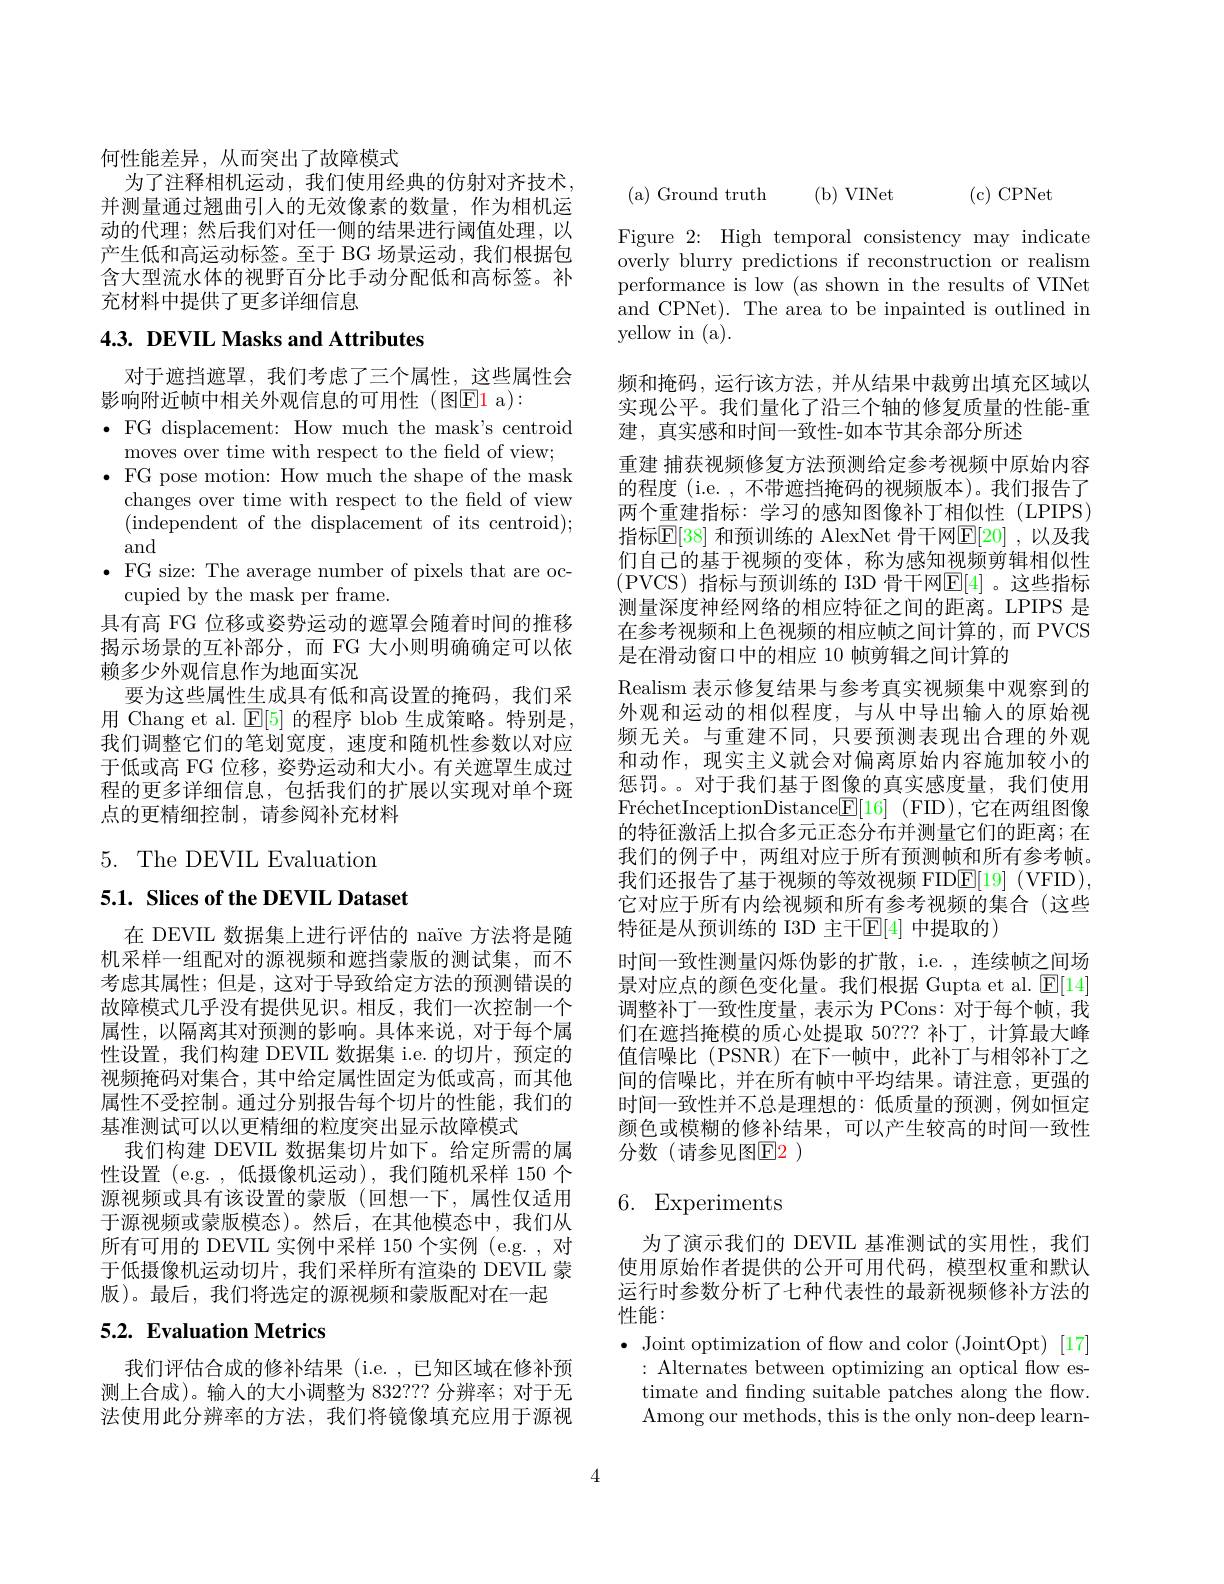
何性能差异，从而突出了故障模式
为了注释相机运动，我们使用经典的仿射对齐技术， 并测量通过翘曲引人的无效像素的数量，作为相机运动的代理；然后我们对任一侧的结果进行阈值处理，以产生低和高运动标签。至于 BG 场景运动，我们根据包含大型流水体的视野百分比手动分配低和高标签。补充材料中提供了更多详细信息

## 4.3. DEVIL Masks and Attributes

对于遮挡遮罩，我们考虑了三个属性，这些属性会
影响附近帧中相关外观信息的可用性(图$\mathbb{E}$1 a):
$\bullet$FG displacement: How much the mask's centroid
moves over time with respect to the field of view;
$\bullet$ FG pose motion: How much the shape of the mask
changes over time with respect to the field of view (independent of the displacement of its centroid); and
$\bullet$ FG size: The average number of pixels that are oc-
cupied by the mask per frame.
具有高 FG 位移或姿势运动的遮罩会随着时间的推移揭示场景的互补部分，而 FG 大小则明确确定可以依赖多少外观信息作为地面实况
要为这些属性生成具有低和高设置的掩码，我们采用 Chang et al. $\boxed{\mathrm{E}[5]}$ 的程序 blob 生成策略。特别是， 我们调整它们的笔划宽度，速度和随机性参数以对应于低或高 FG 位移，姿势运动和大小。有关遮罩生成过程的更多详细信息，包括我们的扩展以实现对单个斑点的更精细控制，请参阅补充材料

5. The DEVIL Evaluation

## 5.1. Slices of the DEVIL Dataset

在 DEVIL 数据集上进行评估的 naïve 方法将是随机采样一组配对的源视频和遮挡蒙版的测试集，而不考虑其属性；但是，这对于导致给定方法的预测错误的故障模式几乎没有提供见识。相反，我们一次控制一个属性，以隔离其对预测的影响。具体来说，对于每个属性设置，我们构建 DEVIIL 数据集 i.e. 的切片，预定的视频掩码对集合，其中给定属性固定为低或高，而其他属性不受控制。通过分别报告每个切片的性能，我们的基准测试可以以更精细的粒度突出显示故障模式
我们构建 DEVIIL 数据集切片如下。给定所需的属性设置 (e.g. ,低摄像机运动),我们随机采样 150 个源视频或具有该设置的蒙版(回想一下，属性仅适用于源视频或蒙版模态)。然后，在其他模态中，我们从所有可用的 DEVIL 实例中采样 150 个实例 (e.g. , 对于低摄像机运动切片，我们采样所有渲染的 DEVIIL 蒙版)。最后，我们将选定的源视频和蒙版配对在一起

# 5.2. Evaluation Metrics

我们评估合成的修补结果(i.e.,已知区域在修补预测上合成)。输入的大小调整为 832??? 分辨率；对于无法使用此分辨率的方法，我们将镜像填充应用于源视

(c)CPNet

( a) Ground truth
(b) VINet

Figure 2: High temporal consistency may indicate overly blurry predictions if reconstruction or realism performance is low (as shown in the results of VINet and CPNet). The area to be inpainted is outlined in yellow in (a).

频和掩码，运行该方法，并从结果中裁剪出填充区域以实现公平。我们量化了沿三个轴的修复质量的性能-重建，真实感和时间一致性-如本节其余部分所述
重建 捕获视频修复方法预测给定参考视频中原始内容的程度 (i.e. , 不带遮挡掩码的视频版本)。我们报告了两个重建指标：学习的感知图像补丁相似性(LPIPS) 指标$\mathbb{E}[38]$ 和预训练的 AlexNet 骨干网$\mathbb{E}[20]$ ,以及我们自己的基于视频的变体，称为感知视频剪辑相似性(PVCS) 指标与预训练的 I3D 骨干网$\mathbb{E}[4]$。这些指标测量深度神经网络的相应特征之间的距离。LPIPS 是在参考视频和上色视频的相应帧之间计算的，而 PVCS 是在滑动窗口中的相应 10 帧剪辑之间计算的
Realism 表示修复结果与参考真实视频集中观察到的外观和运动的相似程度，与从中导出输入的原始视频无关。与重建不同，只要预测表现出合理的外观和动作，现实主义就会对偏离原始内容施加较小的惩罚。。对于我们基于图像的真实感度量，我们使用FréchetInceptionDistance$\underline{\mathbb{E}}[16]$ (FID), 它在两组图像的特征激活上拟合多元正态分布并测量它们的距离；在我们的例子中，两组对应于所有预测帧和所有参考帧。我们还报告了基于视频的等效视频 FID$\underline{\mathrm{E}}[19]$ (VFID), 它对应于所有内绘视频和所有参考视频的集合(这些特征是从预训练的 I3D 主干$\mathbb{E}[4]$ 中提取的)
时间一致性测量闪烁伪影的扩散，i.e. , 连续帧之间场景对应点的颜色变化量。我们根据 Gupta et al. $\operatorname{E}[14]$ 调整补丁一致性度量，表示为 PCons: 对于每个帧，我们在遮挡掩模的质心处提取 50??? 补丁，计算最大峰值信噪比(PSNR)在下一帧中，此补丁与相邻补丁之间的信噪比，并在所有帧中平均结果。请注意，更强的时间一致性并不总是理想的：低质量的预测，例如恒定颜色或模糊的修补结果，可以产生较高的时间一致性分数(请参见图E2 )

# 6. Experiments

为了演示我们的 DEVIIL 基准测试的实用性，我们使用原始作者提供的公开可用代码，模型权重和默认运行时参数分析了七种代表性的最新视频修补方法的性能：

$\bullet$ Joint optimization of flow and color (JointOpt) [17] : Alternates between optimizing an optical flow estimate and finding suitable patches along the flow. Among our methods, this is the only non-deep learn-

4